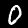
Label: 0